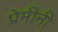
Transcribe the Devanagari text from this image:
प्रेमीनी